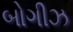
બોગીઝ